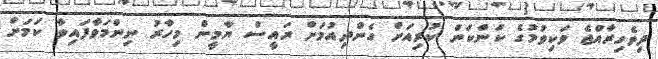
ދިވެހިރާއްޖެ ވަކިވުމުގެ ކަންކަން ކުރިއަށް ގެންދިއުމަށް ރައީސް ޔާމީން މިހާރު ނިންމަވާފައިވާ ކަމަށް